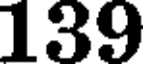
139